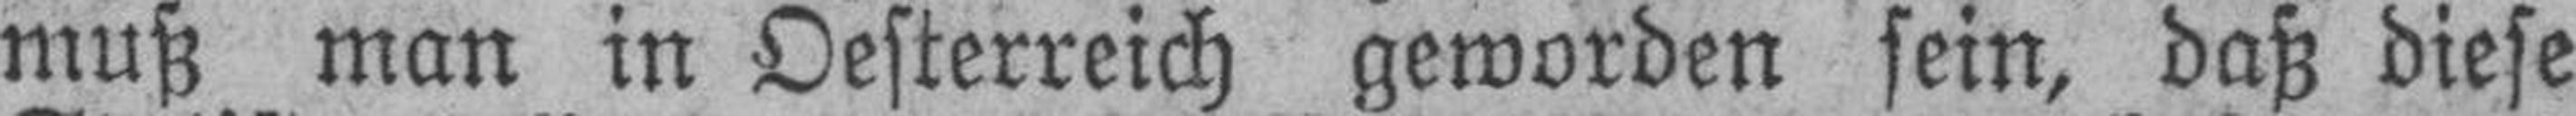
muß man in Oesterreich geworden sein, daß diese